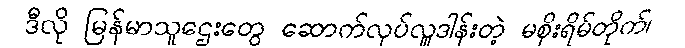
ဒီလို မြန်မာသူဌေးတွေ ဆောက်လုပ်လှူဒါန်းတဲ့ မစိုးရိမ်တိုက်၊